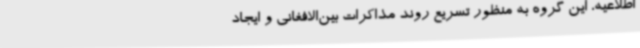
اطلاعیه، این گروه به منظور تسریع روند مذاکرات بین‌الافغانی و ایجاد